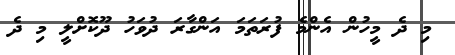
މި ދެ މީހުން އެންމެ ފުރަތަމަ އަންގާރަ ދުވަހު ދޫކޮށްލީ މި ދެ